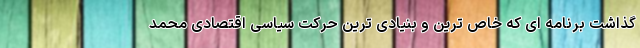
گذاشت برنامه ای که خاص ترین و بنیادی ترین حرکت سیاسی اقتصادی محمد